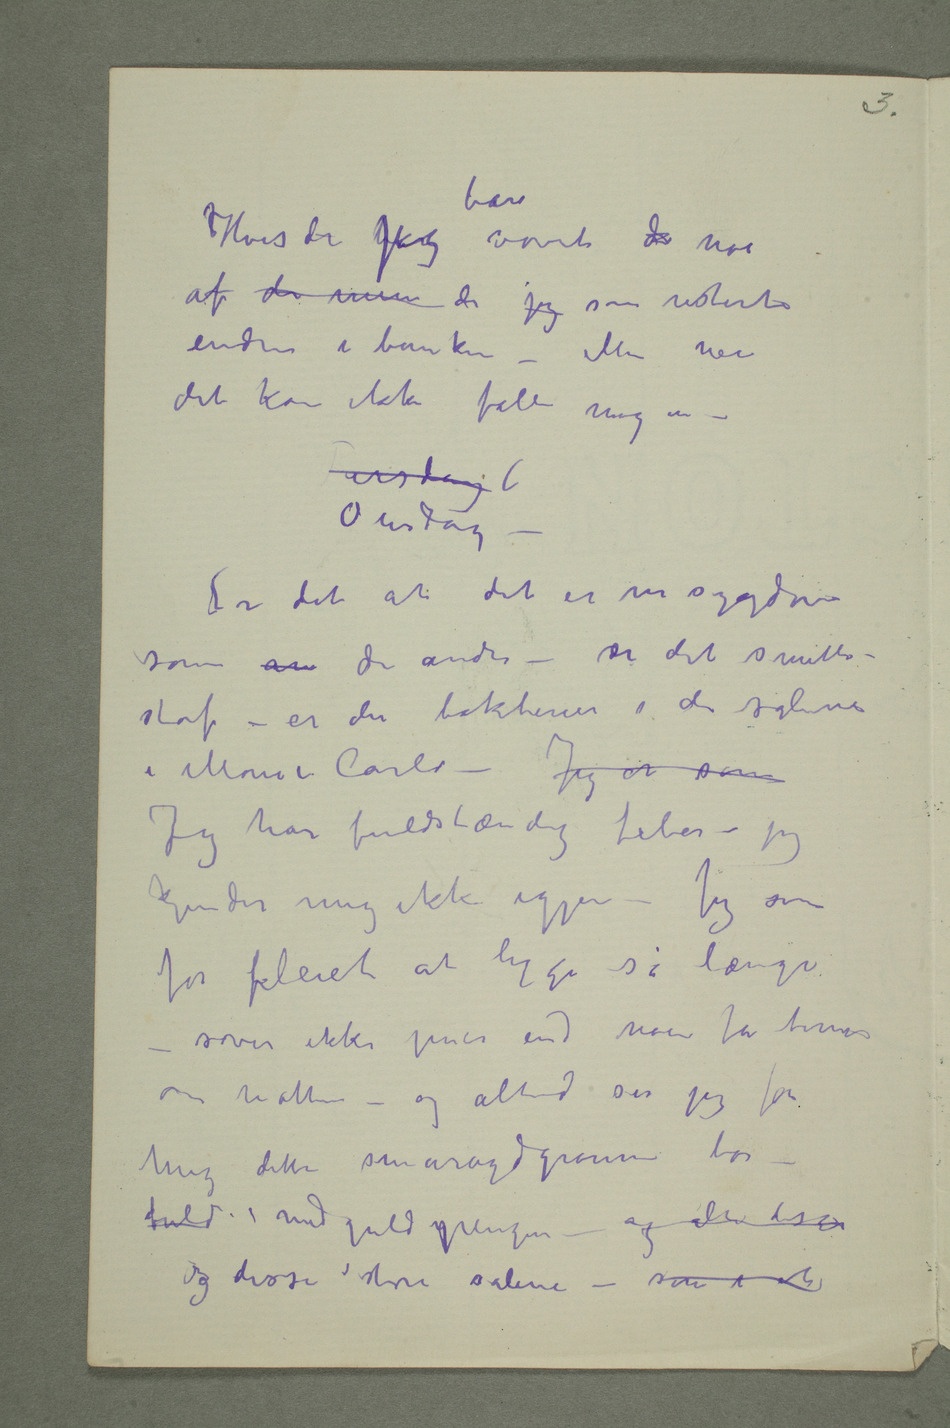
Hvis de barjeg bare vovet de noe
af de mine de jeg som noterte
det kan ikke falle mig in –
Onsdag –
Er det at det er en sygdom
som om de andre – ser det smitte-
stof – er der bakterier i de salene
i Monte Carlo – Jeg er som
Jeg har fuldstændig feber – jeg
kjender mig ikke igjen – Jeg som
før pleiet at ligge så længe –
sover ikke mer end noen få timer
om natten – og altid ser jeg for
mig dette smaragdgrønne bor –
fuld med guldpenger – og alle disse